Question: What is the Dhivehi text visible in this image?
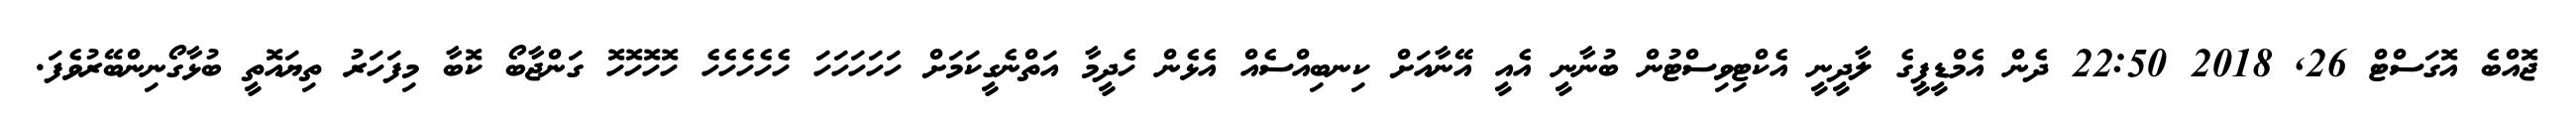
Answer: ޖޮއްބެ އޮގަސްޓް 26, 2018 22:50 ދެން އެމްޑީޕީގެ ލާދީނީ އެކްޓިވިސްޓުން ބުނާނީ އެއީ އޭނާއަށް ކިނބިއްސެއް އެޅެން ހެދީމާ އަތްނެގީކަމަށް ހަހަހަހަހަ ހެހެހެހެހެ ހޮހޮހޮހޮ ގަންޖާބޯ ކޮބާ މިފަހަރު ތިޔައޮތީ ބުޅާގޯނިންބޭރުވެފަ.